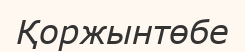
Қоржынтөбе